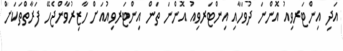
އަދި އިންޓަރވިއު އޮންނަ ދުވަހާއި އިންޓަރވިއު އޮންނަ ތަން އިންޓަރވިއުއަށް ހާޒިރުވާންޖެހޭ ފަރާތްތަކަށް